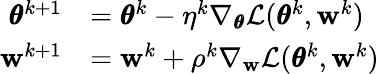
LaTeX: \begin{array}{rl}{\pmb{\theta}^{k+1}}&{=\pmb{\theta}^{k}-\eta^{k}\nabla_{\pmb{\theta}}\mathcal{L}(\pmb{\theta}^{k},\mathbf{w}^{k})}\\ {\mathbf{w}^{k+1}}&{=\mathbf{w}^{k}+\rho^{k}\nabla_{\mathbf{w}}\mathcal{L}(\pmb{\theta}^{k},\mathbf{w}^{k})}\end{array}